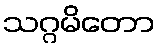
သဂ္ဂမိတော